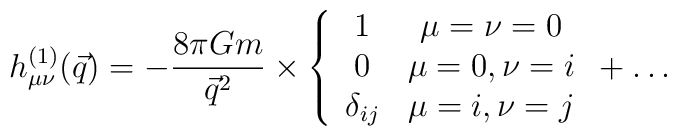
h_{\mu\nu}^{(1)}(\vec{q})=-{8\pi Gm\over \vec{q}^2}\times\left\{\begin{array}{cc}1& \mu=\nu=0\\ 0&\mu=0,\nu=i\\\delta_{ij}&\mu=i,\nu=j\end{array}\right.+\ldots